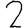
Digit: 2